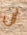
ان